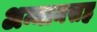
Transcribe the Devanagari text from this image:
अम्मानसह